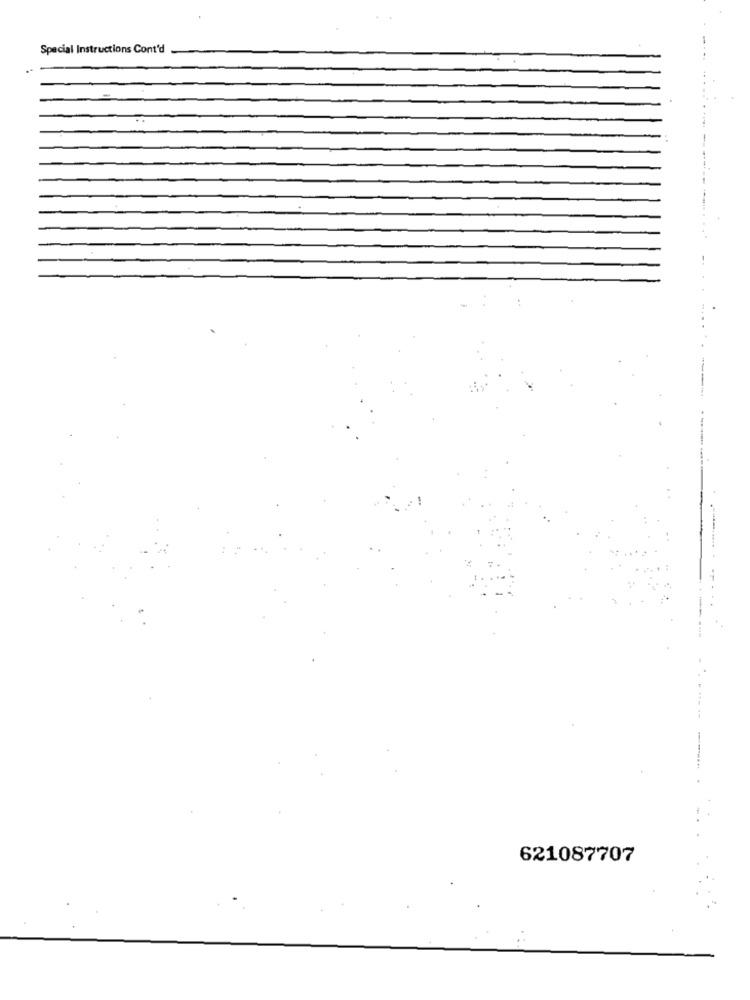
Special Instructions Cont'd
---
--
- --
621087707